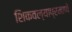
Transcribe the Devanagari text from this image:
शिकवल्याप्रमाणे